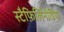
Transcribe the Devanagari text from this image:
स्टैफ़िलिनोडिया